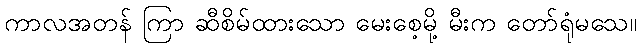
ကာလအတန် ကြာ ဆီစိမ်ထားသော မေးစေ့မို့ မီးက တော်ရုံမသေ။